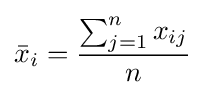
{\bar {x}}_{i}={\frac {\sum _{j=1}^{n}x_{ij}}{n}}